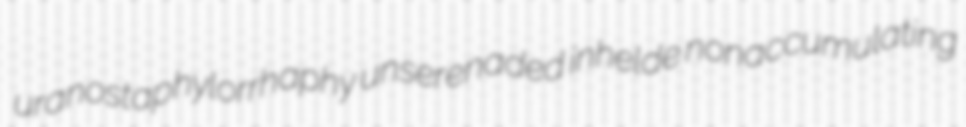
uranostaphylorrhaphy unserenaded inhelde nonaccumulating